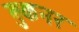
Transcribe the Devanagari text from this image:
बुकनर